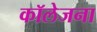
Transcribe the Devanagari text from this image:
कॉलेजना